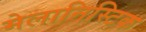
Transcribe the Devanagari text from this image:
मेलानिस्टिक